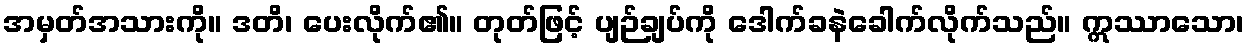
အမှတ်အသားကို။ ဒတိ၊ ပေးလိုက်၏။ တုတ်ဖြင့် ပျဉ်ချပ်ကို ဒေါက်ခနဲခေါက်လိုက်သည်။ ဣဿာသော၊